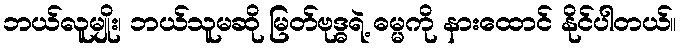
ဘယ်လူမျိုး၊ ဘယ်သူမဆို မြတ်ဗုဒ္ဓရဲ့ ဓမ္မကို နားထောင် နိုင်ပါတယ်။